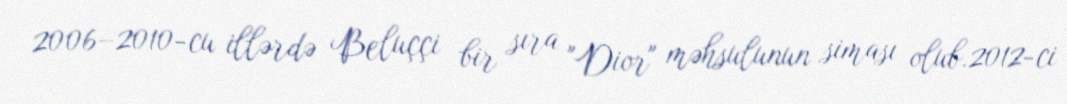
2006–2010-cu illərdə Beluççi bir sıra "Dior" məhsulunun siması olub.2012-ci